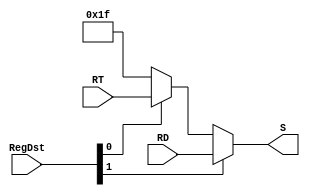
`timescale 1ns / 1ps
//////////////////////////////////////////////////////////////////////////////////
// Company: 
// Engineer: 
// 
// Design Name: 
// Module Name: DataSelect5
// Project Name: 
// Target Devices: 
// Tool Versions: 
// Description: 
// 
// Dependencies: 
// 
// Revision:
// Revision 0.01 - File Created
// Additional Comments:
// 
//////////////////////////////////////////////////////////////////////////////////


module DataSelect5(
    input [4:0] RT,
    input [4:0] RD,
    input [1:0] RegDst,
    output [4:0] S
    );
    assign S = (RegDst[1] == 1'b1)? RD : ((RegDst[0] == 1'b1)? RT : 5'b11111);
endmodule